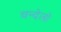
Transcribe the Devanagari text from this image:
चन्देलो